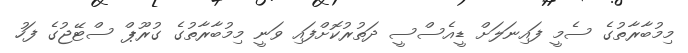
މިމުބާރާތުގެ ސެމީ ފައިނަލަށް ޑީއެސްސީ ދަތުރުކޮށްފައި ވަނީ މިމުބާރާތުގެ ގުރޫޕް ސްޓޭޖުގެ ފަހު